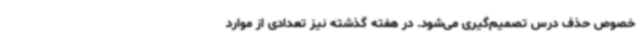
خصوص حذف درس تصمیم‌گیری می‌شود. در هفته گذشته نیز تعدادی از موارد